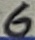
Text: 6